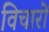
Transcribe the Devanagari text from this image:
विचारोें